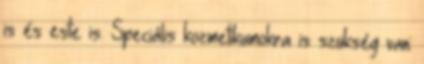
is és este is. Speciális kozmetikumokra is szükség van: